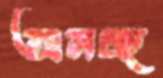
অনচ্ছ